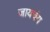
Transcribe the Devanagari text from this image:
जायचंय